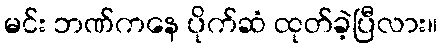
မင်း ဘဏ်ကနေ ပိုက်ဆံ ထုတ်ခဲ့ပြီလား။